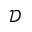
\mathcal { D }